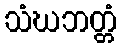
သံဃဘတ္တံ